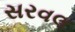
સરવલ